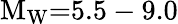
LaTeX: \mathrm{M}_{\mathrm{W}}{=}5.5-9.0